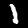
Digit: 1